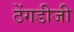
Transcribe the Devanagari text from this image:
ठेंगडीजी